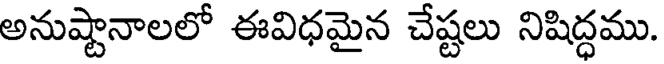
అనుష్టానాలలో ఈవిధమైన చేష్టలు నిషిద్ధము.